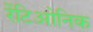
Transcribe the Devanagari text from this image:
रेंटिओनिक